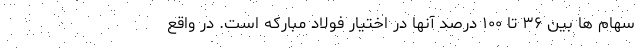
سهام ها بین ۳۶ تا ۱۰۰ درصد آنها در اختیار فولاد مبارکه است. در واقع